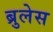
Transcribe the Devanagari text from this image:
ब्रुलेस